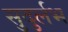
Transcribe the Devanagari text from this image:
सुदुर्लभ